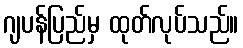
ဂျပန်ပြည်မှ ထုတ်လုပ်သည်။